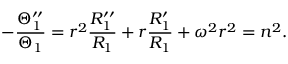
- \frac { \Theta _ { 1 } ^ { \prime \prime } } { \Theta _ { 1 } } = r ^ { 2 } \frac { R _ { 1 } ^ { \prime \prime } } { R _ { 1 } } + r \frac { R _ { 1 } ^ { \prime } } { R _ { 1 } } + \omega ^ { 2 } r ^ { 2 } = n ^ { 2 } .